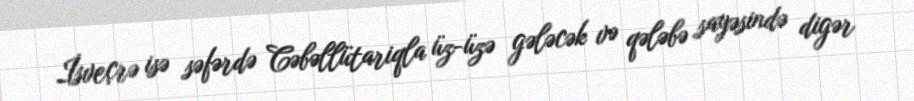
İsveçrə isə səfərdə Cəbəllütariqla üz-üzə gələcək və qələbə sayəsində digər